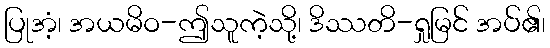
ပြုအံ့၊ အယမိဝ-ဤသူကဲ့သို့၊ ဒိဿတိ-ရှုမြင် အပ်၏၊